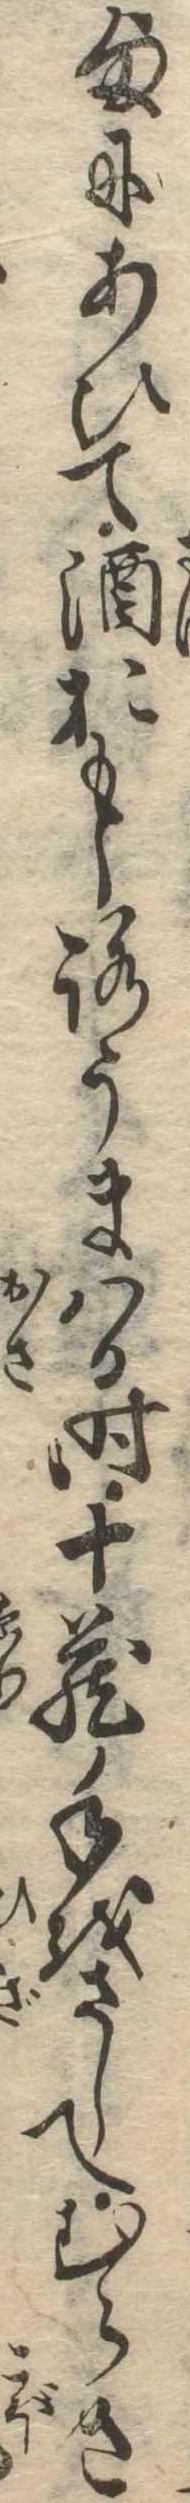
様にあひて酒おもしろうまはる時十蔵手をさしてむらさ